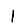
Digit: 1